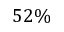
5 2 \%